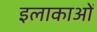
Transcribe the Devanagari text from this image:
इलाकाओं